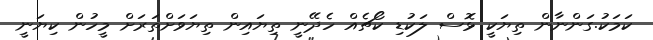
ކަމަކު.ގަންނާން ތިޔަކީ ޅޮސް ލަކުޑި ކޯޗެއް ހެދޭނީ ތިޔައިން ތިޔަވަށްތަރަށް މީހުން ކިޔަނީ